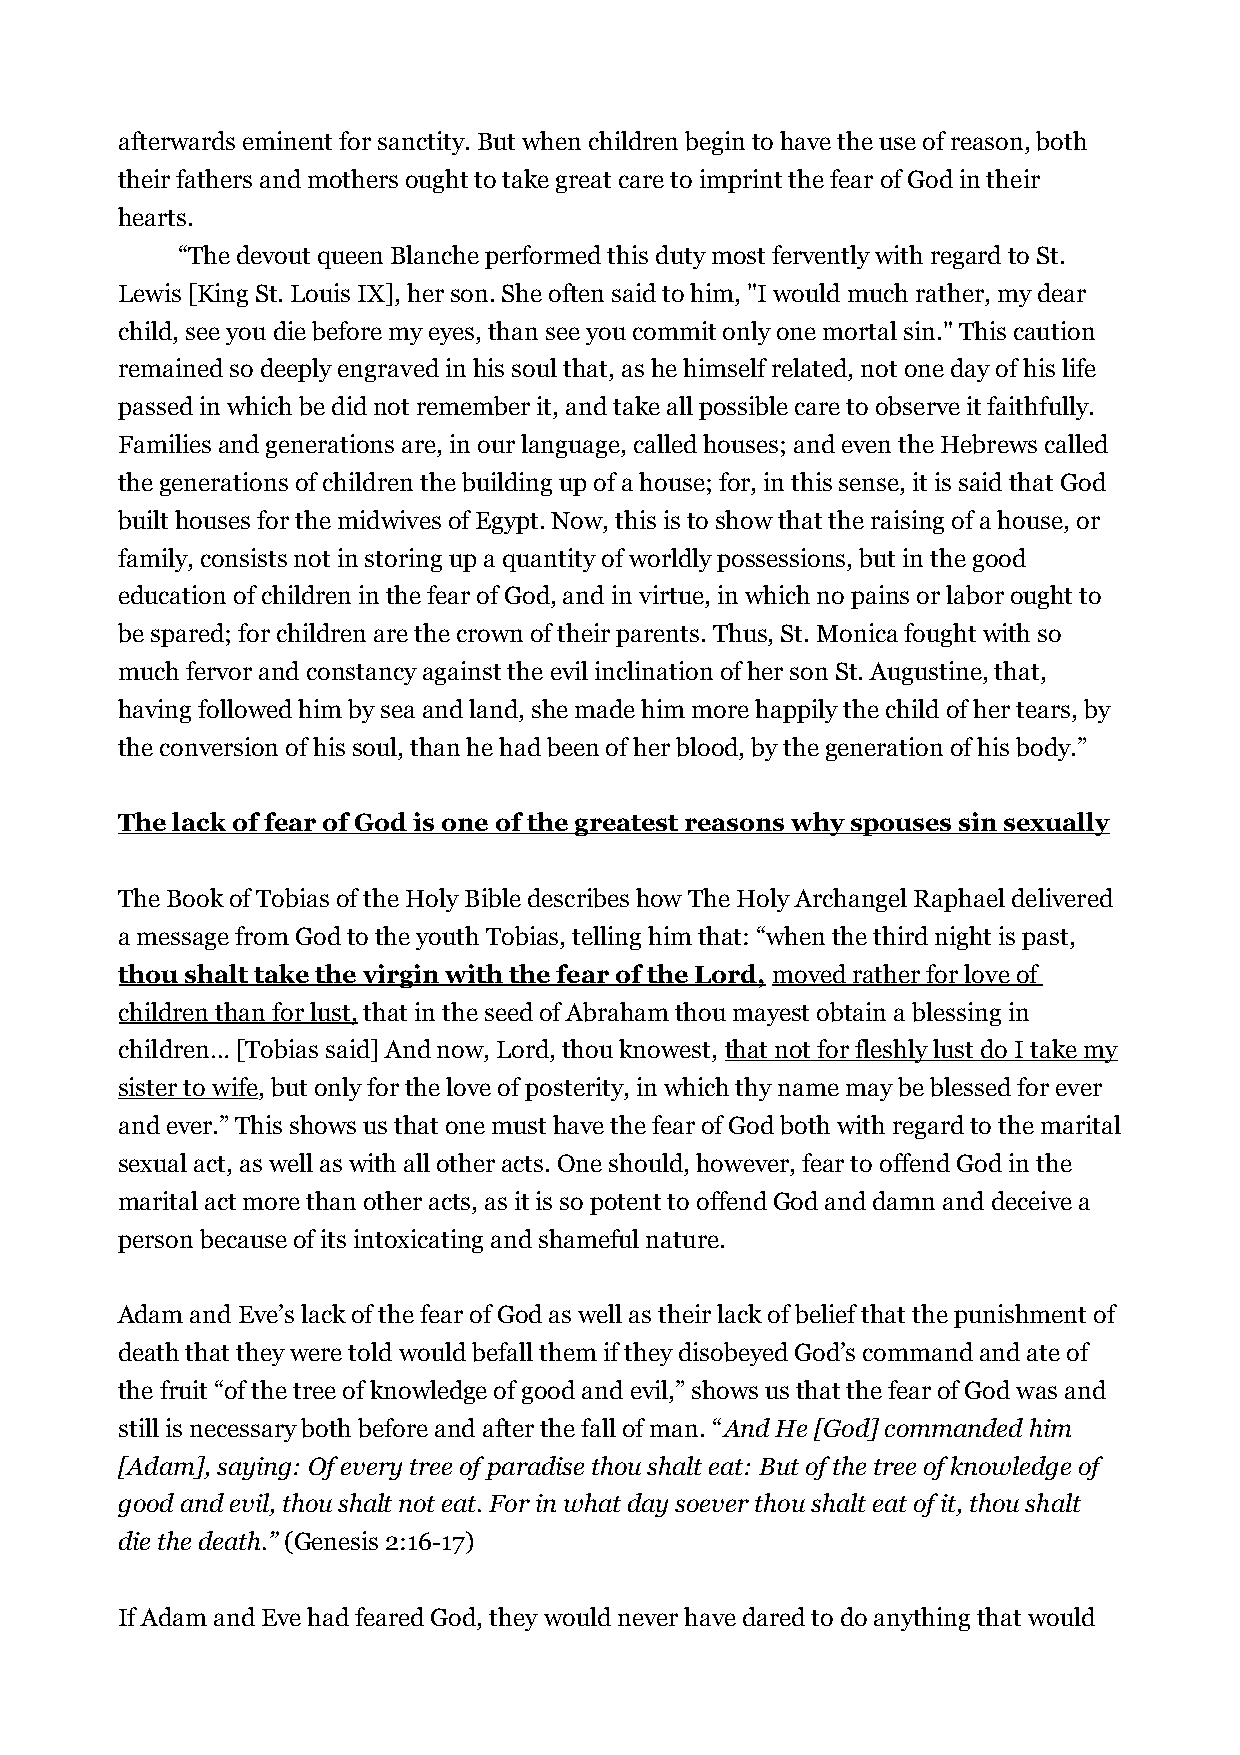
afterwards eminent for sanctity. But when children begin to have the use of reason, both
 their fathers and mothers ought to take great care to imprint the fear of God in their
 hearts.
 “The devout queen Blanche performed this duty most fervently with regard to St.
 Lewis [King St. Louis IX], her son. She often said to him, "I would much rather, my dear
 child, see you die before my eyes, than see you commit only one mortal sin." This caution
 remained so deeply engraved in his soul that, as he himself related, not one day of his life
 passed in which be did not remember it, and take all possible care to observe it faithfully.
 Families and generations are, in our language, called houses; and even the Hebrews called
 the generations of children the building up of a house; for, in this sense, it is said that God
 built houses for the midwives of Egypt. Now, this is to show that the raising of a house, or
 family, consists not in storing up a quantity of worldly possessions, but in the good
 education of children in the fear of God, and in virtue, in which no pains or labor ought to
 be spared; for children are the crown of their parents. Thus, St. Monica fought with so
 much fervor and constancy against the evil inclination of her son St. Augustine, that,
 having followed him by sea and land, she made him more happily the child of her tears, by
 the conversion of his soul, than he had been of her blood, by the generation of his body.”
 The lack of fear of God is one of the greatest reasons why spouses sin sexually
 The Book of Tobias of the Holy Bible describes how The Holy Archangel Raphael delivered
 a message from God to the youth Tobias, telling him that: “when the third night is past,
 thou shalt take the virgin with the fear of the Lord, moved rather for love of
 children than for lust, that in the seed of Abraham thou mayest obtain a blessing in
 children… [Tobias said] And now, Lord, thou knowest, that not for fleshly lust do I take my
 sister to wife, but only for the love of posterity, in which thy name may be blessed for ever
 and ever.” This shows us that one must have the fear of God both with regard to the marital
 sexual act, as well as with all other acts. One should, however, fear to offend God in the
 marital act more than other acts, as it is so potent to offend God and damn and deceive a
 person because of its intoxicating and shameful nature.
 Adam and Eve’s lack of the fear of God as well as their lack of belief that the punishment of
 death that they were told would befall them if they disobeyed God’s command and ate of
 the fruit “of the tree of knowledge of good and evil,” shows us that the fear of God was and
 still is necessary both before and after the fall of man. “And He [God] commanded him
 [Adam], saying: Of every tree of paradise thou shalt eat: But of the tree of knowledge of
 good and evil, thou shalt not eat. For in what day soever thou shalt eat of it, thou shalt
 die the death.” (Genesis 2:16-17)
 If Adam and Eve had feared God, they would never have dared to do anything that would